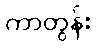
ကာတွန်း